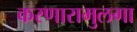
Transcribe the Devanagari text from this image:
करणारामुलगा